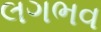
લગભવ